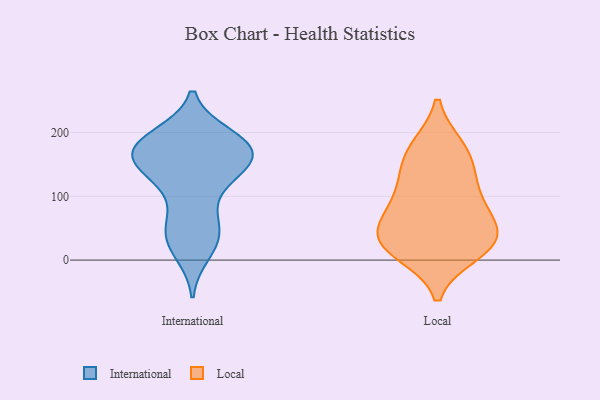
{"axis": {"x": "Website Visitors", "y": "Value"}, "legend": ["International", "Local"], "data": [{"x": "", "y": 193, "type": "International"}, {"x": "", "y": 191, "type": "International"}, {"x": "", "y": 133, "type": "International"}, {"x": "", "y": 144, "type": "International"}, {"x": "", "y": 160, "type": "International"}, {"x": "", "y": 13, "type": "International"}, {"x": "", "y": 152, "type": "International"}, {"x": "", "y": 30, "type": "International"}, {"x": "", "y": 178, "type": "International"}, {"x": "", "y": 41, "type": "International"}, {"x": "", "y": 179, "type": "International"}, {"x": "", "y": 139, "type": "International"}, {"x": "", "y": 172, "type": "International"}, {"x": "", "y": 174, "type": "International"}, {"x": "", "y": 60, "type": "International"}, {"x": "", "y": 75, "type": "International"}, {"x": "", "y": 124, "type": "International"}, {"x": "", "y": 175, "type": "International"}, {"x": "", "y": 33, "type": "International"}, {"x": "", "y": 179, "type": "International"}, {"x": "", "y": 128, "type": "Local"}, {"x": "", "y": 29, "type": "Local"}, {"x": "", "y": 101, "type": "Local"}, {"x": "", "y": 12, "type": "Local"}, {"x": "", "y": 21, "type": "Local"}, {"x": "", "y": 81, "type": "Local"}, {"x": "", "y": 176, "type": "Local"}, {"x": "", "y": 76, "type": "Local"}, {"x": "", "y": 43, "type": "Local"}, {"x": "", "y": 26, "type": "Local"}, {"x": "", "y": 41, "type": "Local"}, {"x": "", "y": 176, "type": "Local"}, {"x": "", "y": 147, "type": "Local"}]}